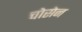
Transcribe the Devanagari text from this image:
चोसेन